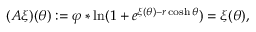
( A \xi ) ( \theta ) : = \varphi \ast \ln ( 1 + e ^ { \xi ( \theta ) - r \cosh \theta } ) = \xi ( \theta ) ,